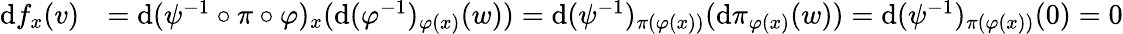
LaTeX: \begin{array}{rl}{\textrm{d}f_{x}(v)}&{=\textrm{d}(\psi^{-1}\circ\pi\circ\varphi)_{x}(\textrm{d}(\varphi^{-1})_{\varphi(x)}(w))=\textrm{d}(\psi^{-1})_{\pi(\varphi(x))}(\textrm{d}\pi_{\varphi(x)}(w))=\textrm{d}(\psi^{-1})_{\pi(\varphi(x))}(0)=0}\end{array}